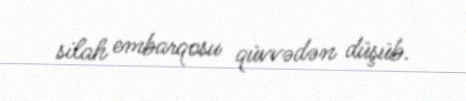
silah embarqosu qüvvədən düşüb.